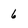
Character: 6